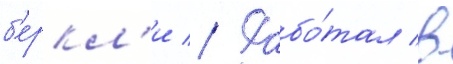
б'еркл'и // Рабо́тал в